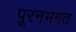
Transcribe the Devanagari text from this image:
पूरनभगत